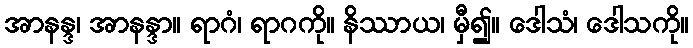
အာနန္ဒ၊ အာနန္ဒာ။ ရာဂံ၊ ရာဂကို။ နိဿာယ၊ မှီ၍။ ဒေါသံ၊ ဒေါသကို။